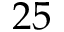
2 5